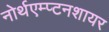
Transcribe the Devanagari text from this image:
नोर्थएम्प्टनशायर